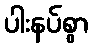
ပါးနပ်စွာ